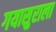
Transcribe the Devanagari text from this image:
गयासुराला